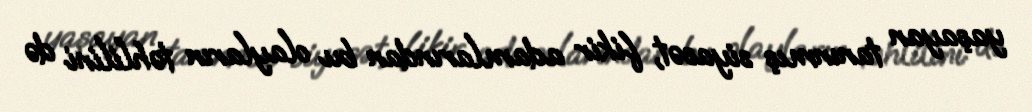
yaşayan tanınmış siyasət, fikir adamlarından bu olayların təhlilini də